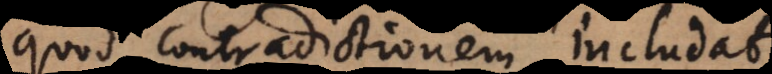
quod contradictionem includat.